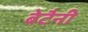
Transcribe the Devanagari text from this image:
बेटैनी